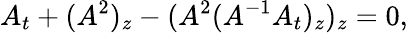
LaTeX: A_{t}+(A^{2})_{z}-(A^{2}(A^{-1}A_{t})_{z})_{z}=0,